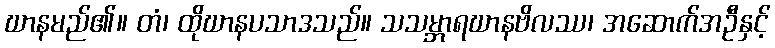
ဃာနမည်၏။ တံ၊ ထိုဃာနပသာဒသည်။ သသမ္ဘာရဃာနဗိလဿ၊ အဆောက်အဦနှင့်